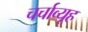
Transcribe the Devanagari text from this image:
चर्चाव्यूह